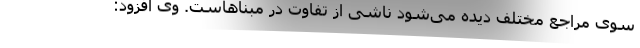
سوی مراجع مختلف دیده می‌شود ناشی از تفاوت در مبناهاست. وی افزود: